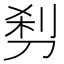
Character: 𰄵